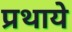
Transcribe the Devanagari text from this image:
प्रथाये